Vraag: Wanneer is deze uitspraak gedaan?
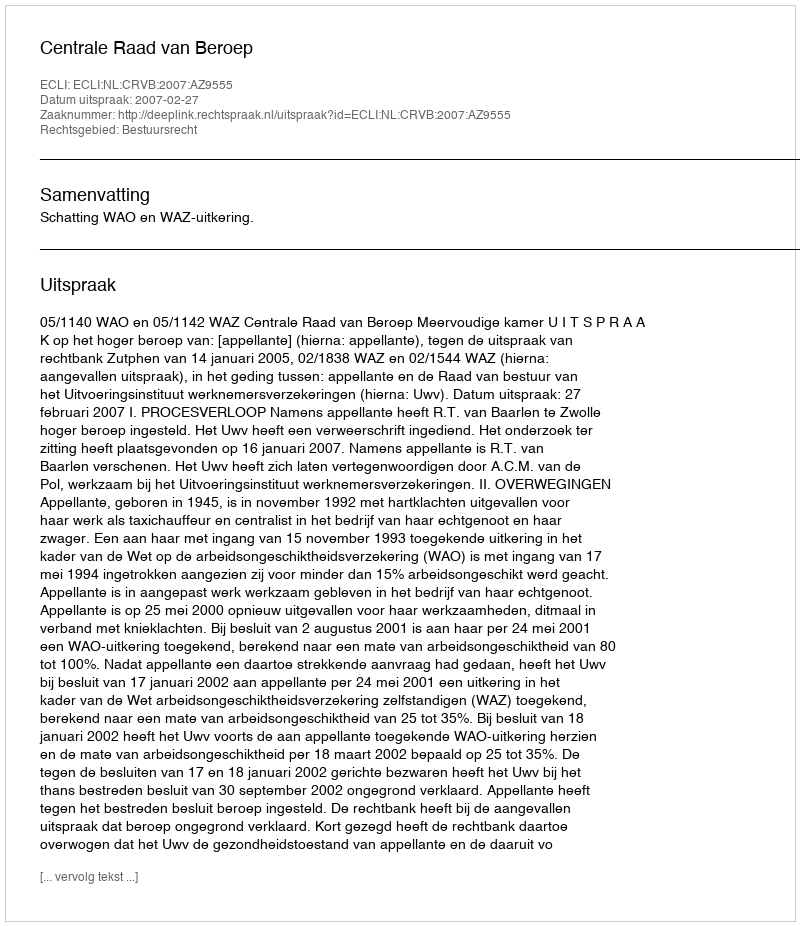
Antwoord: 2007-02-27